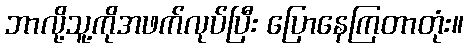
ဘာလို့သူ့ကိုအဖက်လုပ်ပြီး ပြောနေကြတာတုံး။